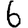
Digit: 6